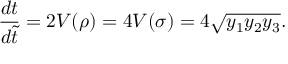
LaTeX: \frac { d t } { d \widetilde { t } } = 2 V ( \rho ) = 4 V ( \sigma ) = 4 \sqrt { y _ { 1 } y _ { 2 } y _ { 3 } } .